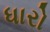
ધારો